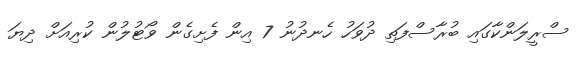
ސްރީލަންކާގައި ބުރާސްފަތި ދުވަހު ހެނދުނު 7 އިން ފެށިގެން ވޯޓުލުން ކުރިއަށް ދިޔަ